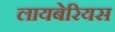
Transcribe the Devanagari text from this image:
लायबेरियस